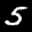
Label: 5